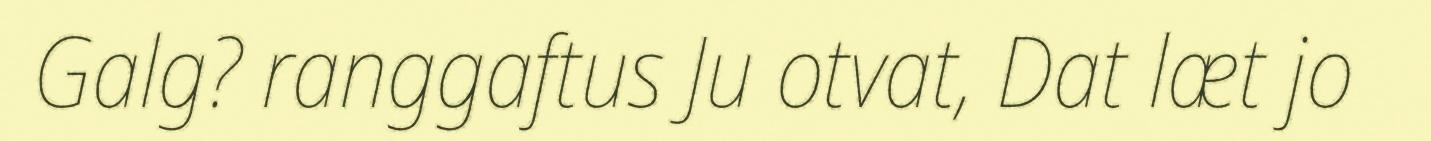
Galg? ranggaftus Ju otvat, Dat læt jo